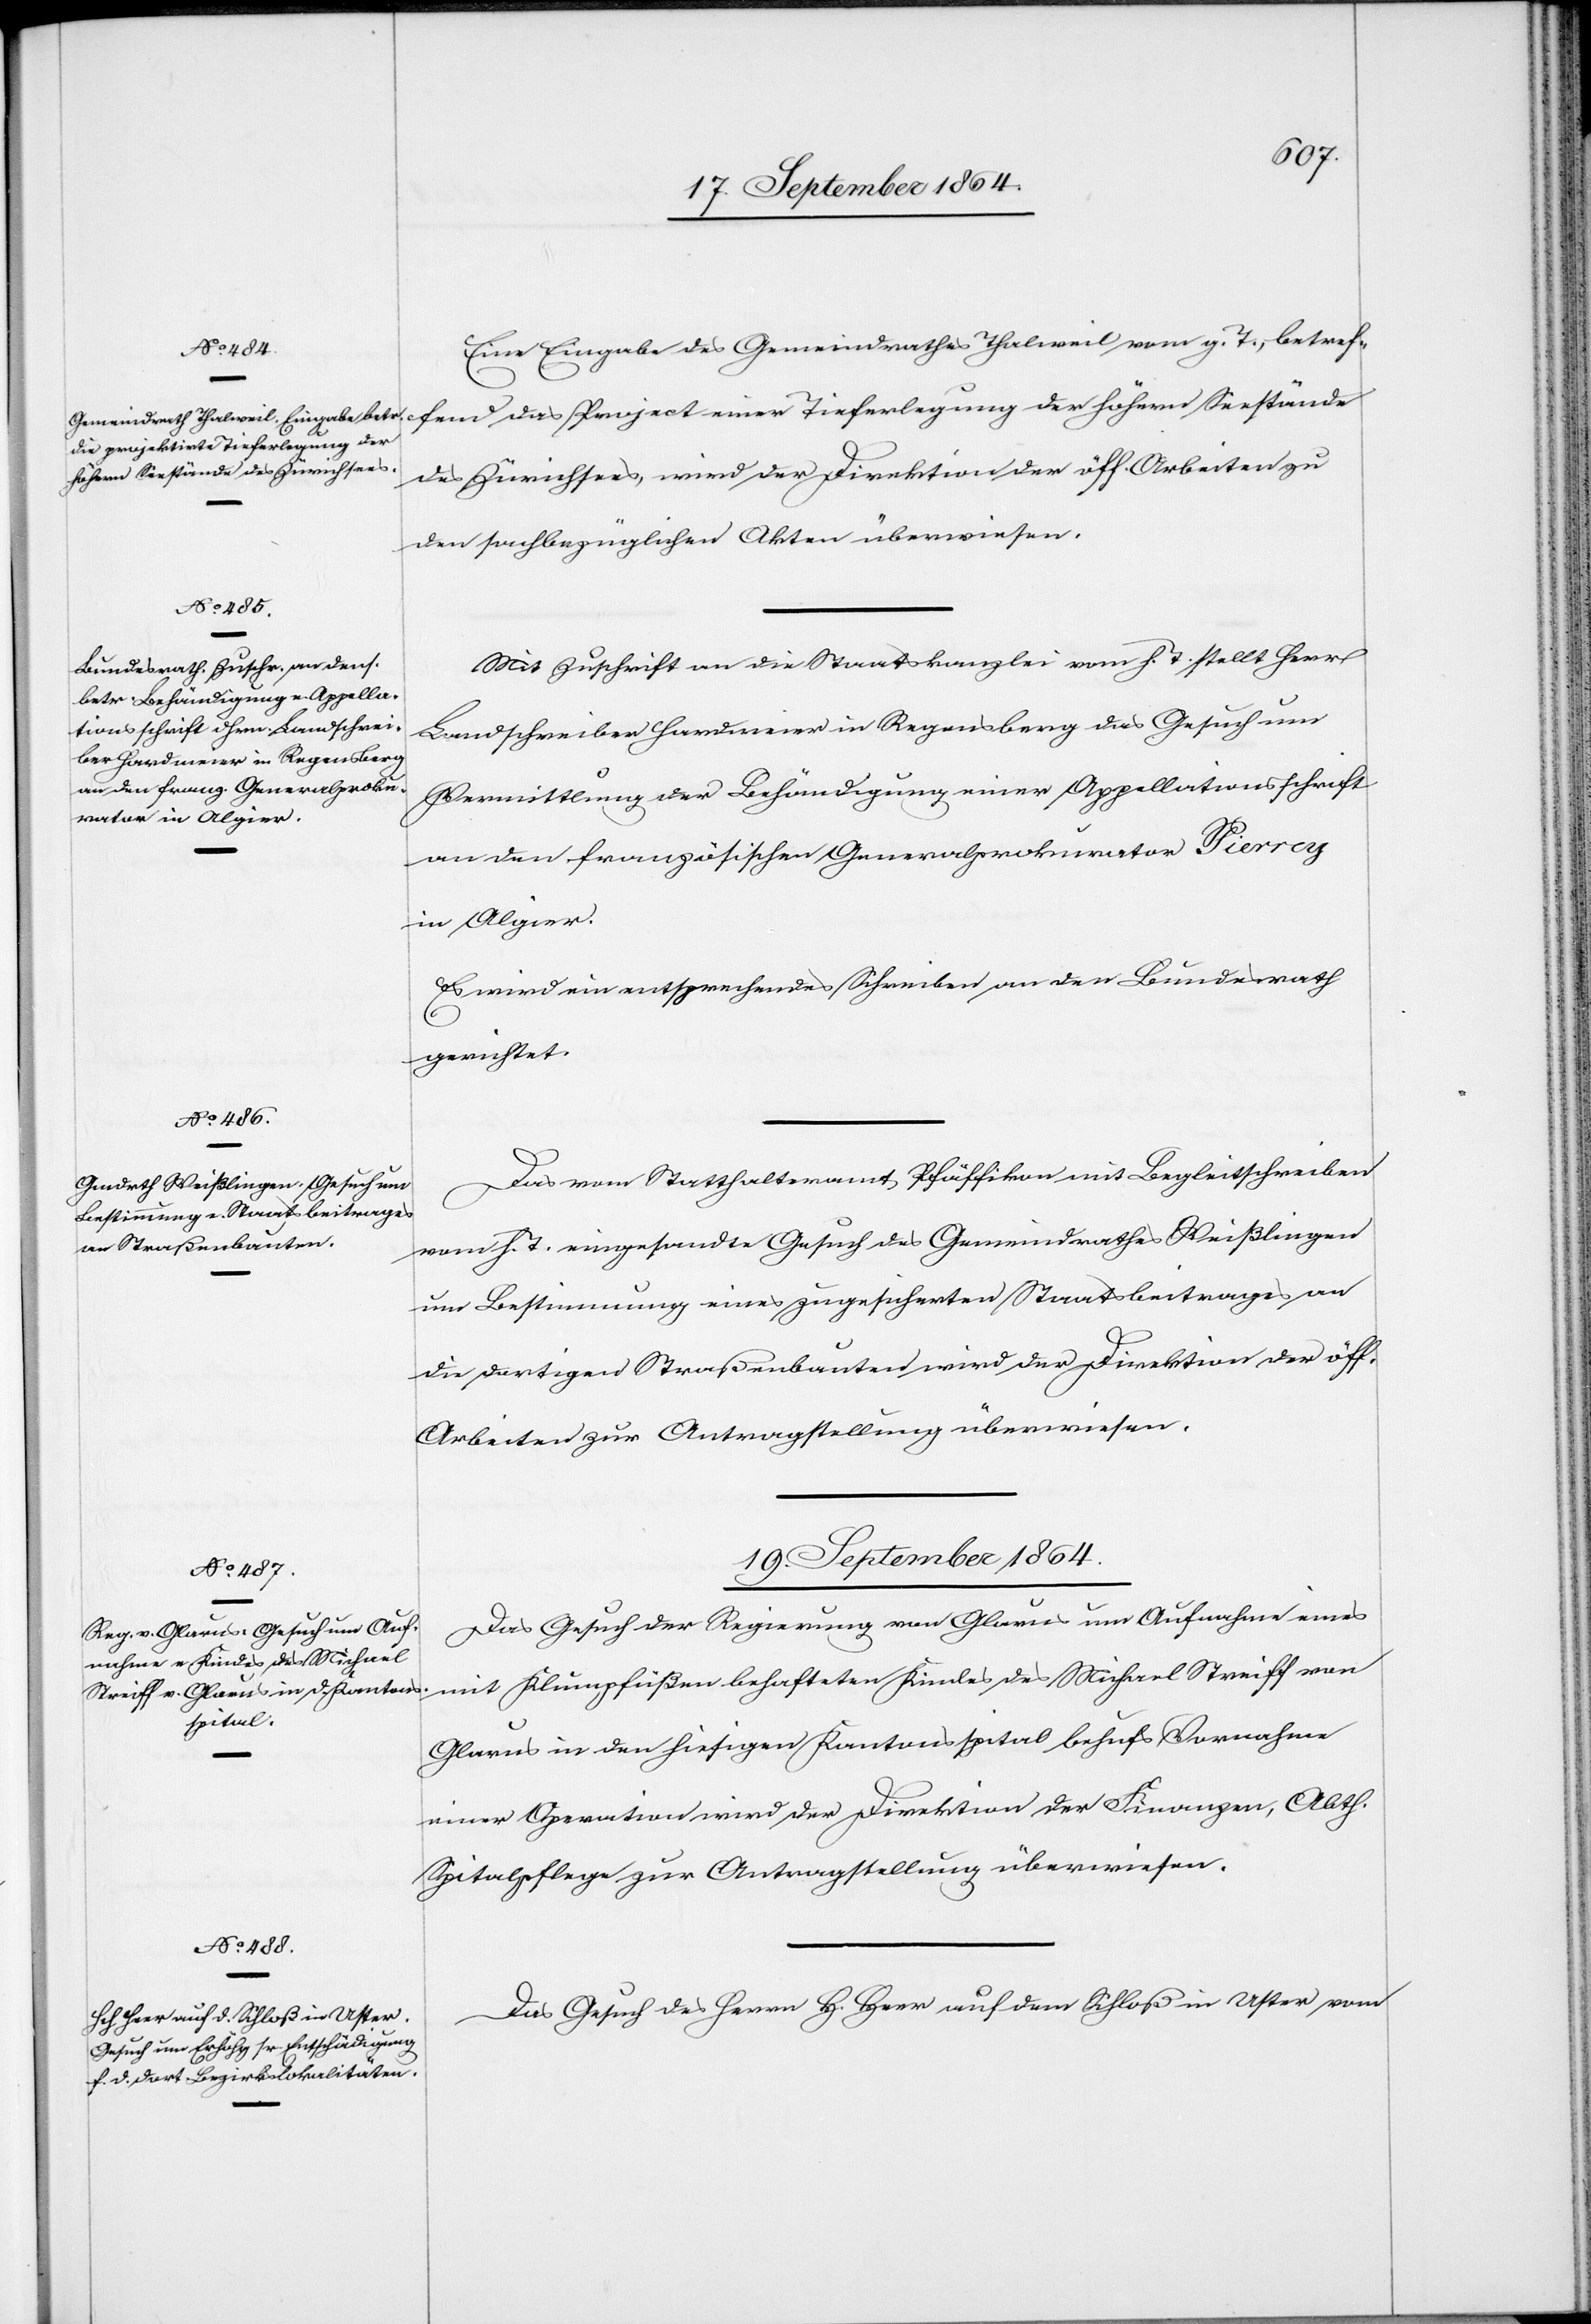
17. September 1864.]
Eine Eingabe des Gemeindrathes Thalweil vom g. T., betreffend
eilung
des Zürichsees, wird der Direktion der öff. Arbeiten zu
den sachbezüglichen Akten überwiesen.
Mit Zuschrift an die Staatskanzlei vom h. T. stellt Herr
Landschreiber Hardmeier in Regensberg das Gesuch um
Vermittlung der Behändigung einer Appellationsschrift
an den französischen Generalprokurator Pierrey
in Algier.
Es wird ein entsprechendes Schreiben an den Bundesrath
gerichtet.
Das vom Statthalteramt Pfäffikon mit Begleitschreiben
vom h. T. eingesandte Gesuch des Gemeindrathes Weißlingen
um Bestimmung eines zugesicherten Staatsbeitrages an
die dortigen Straßenbauten wird der Direktion der öff.
Arbeiten zur Antragstellung überwiesen.
19. September 1864.]
Das Gesuch der Regierung von Glarus um Aufnahme eines
mit Klumpfüßen behafteten Kindes des Michael Streiff von
Glarus in den hiesigen Kantonsspital behufs Vornahme
einer Operation wird der Direktion der Finanzen, Abth¬
Spitalpflege zur Antragstellung überwiesen.
Das Gesuch des Herrn H. Heer auf dem Schloß in Uster vom